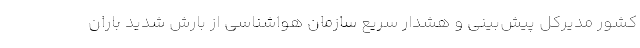
کشور مدیرکل پیش‌بینی و هشدار سریع سازمان هواشناسی از بارش شدید باران